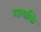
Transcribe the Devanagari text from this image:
गायकि